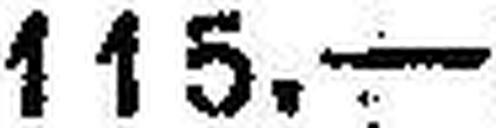
115.—